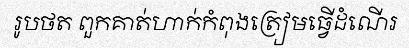
រូបថត ពួកគាត់ហាក់កំពុងត្រៀមធ្វើដំណើរ